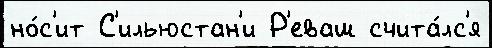
но́с'ит С'ильюстан'и Р'еваш счита́лс'я